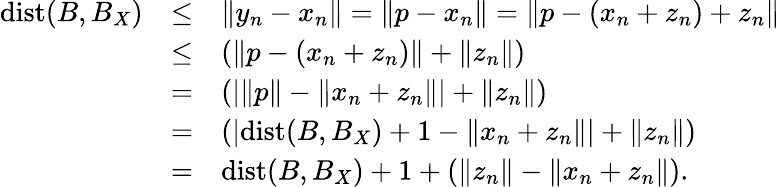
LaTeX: \begin{array}{lll}{\mathrm{dist}(B,B_{X})}&{\leq}&{\displaystyle\| y_{n}-x_{n}\| =\| p-x_{n}\| =\| p-(x_{n}+z_{n})+z_{n}\| }\\ &{\leq}&{\displaystyle\left(\| p-(x_{n}+z_{n})\| +\| z_{n}\| \right)}\\ &{=}&{\displaystyle\left(|\| p\| -\| x_{n}+z_{n}\| |+\| z_{n}\| \right)}\\ &{=}&{\displaystyle\left(|\mathrm{dist}(B,B_{X})+1-\| x_{n}+z_{n}\| |+\| z_{n}\| \right)}\\ &{=}&{\mathrm{dist}(B,B_{X})+1+\displaystyle\left(\| z_{n}\| -\| x_{n}+z_{n}\| \right).}\end{array}